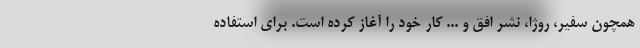
همچون سفیر، روژا، نشر افق و ... کار خود را آغاز کرده است. برای استفاده